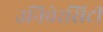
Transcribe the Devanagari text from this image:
उनिवेरसिटी